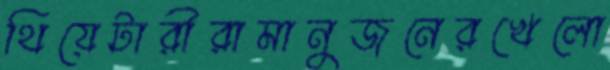
থিয়েটারীরামানুজনেরখেলো